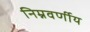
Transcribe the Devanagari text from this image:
निम्नवर्णीय